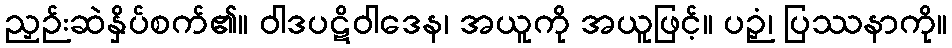
ညှဉ်းဆဲနှိပ်စက်၏။ ဝါဒပဋိဝါဒေန၊ အယူကို အယူဖြင့်။ ပဉှံ၊ ပြဿနာကို။